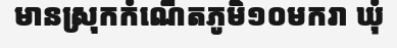
មានស្រុកកំណើតភូមិ១០មករា ឃុំ